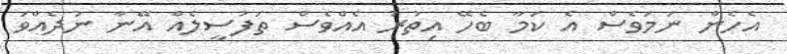
އެހެން ނަމަވެސް އެ ކަމާ ބެހޭ އިތުރު އެއްވެސް ތަފުސީލެއް އޭނާ ނުދެއްވަ